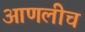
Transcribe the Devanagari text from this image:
आणलीच